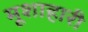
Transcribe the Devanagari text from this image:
मूशाहारी